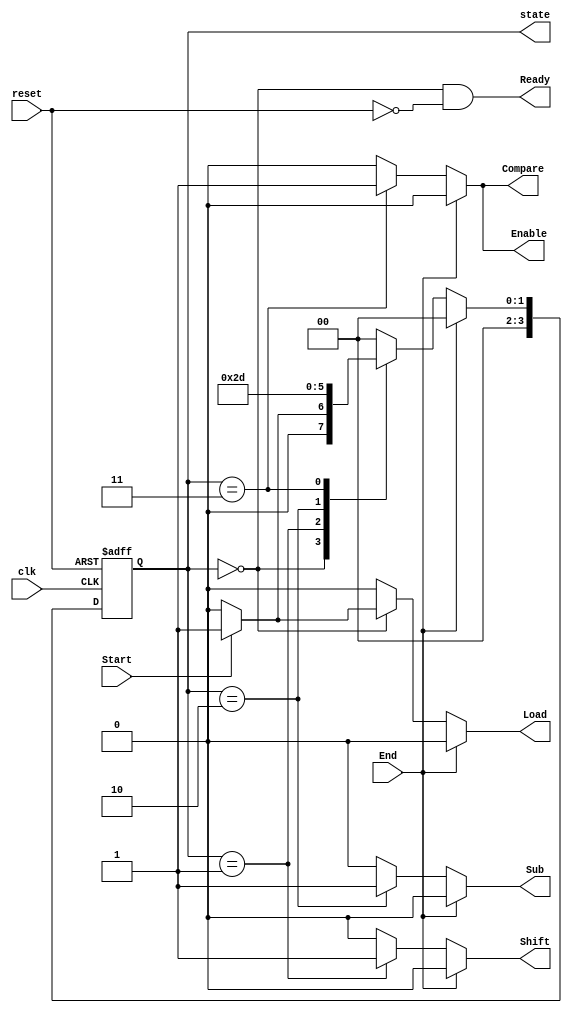
module hw9_sdivctrl (Load, Shift, Sub, Compare, Ready, Enable, Start, End, reset, clk, state);
	output Load, Shift, Sub, Compare, Ready, Enable;
	input Start, End, reset, clk;
	output [3:0] state;
	reg [3:0] state, next_state;
	parameter S0 = 0, S1 = 1, S2 = 2, S3 = 3;
	reg Load, Shift, Sub, Compare, Enable;
	wire Ready;
	
	// State transition
	always @ (posedge clk or posedge reset) begin
		if (reset) state <= S0;
		else state <= next_state;
	end
	
	always @ (state or Start or End) begin
		Load = 0; Shift = 0; Sub = 0; Compare = 0; Enable = 0;
		if (End) next_state = S0;
		else begin
			case (state)
				S0: if (Start) begin Load = 1; next_state = S1; end
					else next_state = S0;
				S1: begin Shift = 1; next_state = S2; end
				S2: begin Sub = 1; next_state = S3; end
				S3: begin Compare = 1; next_state = S1; Enable = 1; end
				default: next_state = S0;
			endcase
		end
	end
	
	assign Ready = (state==S0) && ~reset;
endmodule